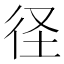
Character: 径